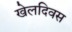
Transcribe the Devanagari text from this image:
खेलदिवस